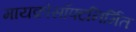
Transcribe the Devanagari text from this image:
मायक्रोसॉफ्टनिर्मित